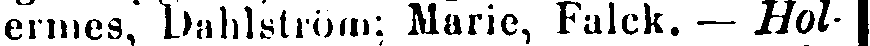
ermes, Dahlström; Marie, Falck. — Hol-